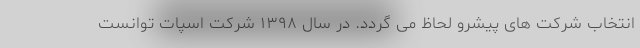
انتخاب شرکت های پیشرو لحاظ می گردد. در سال ۱۳۹۸ شرکت اسپات توانست